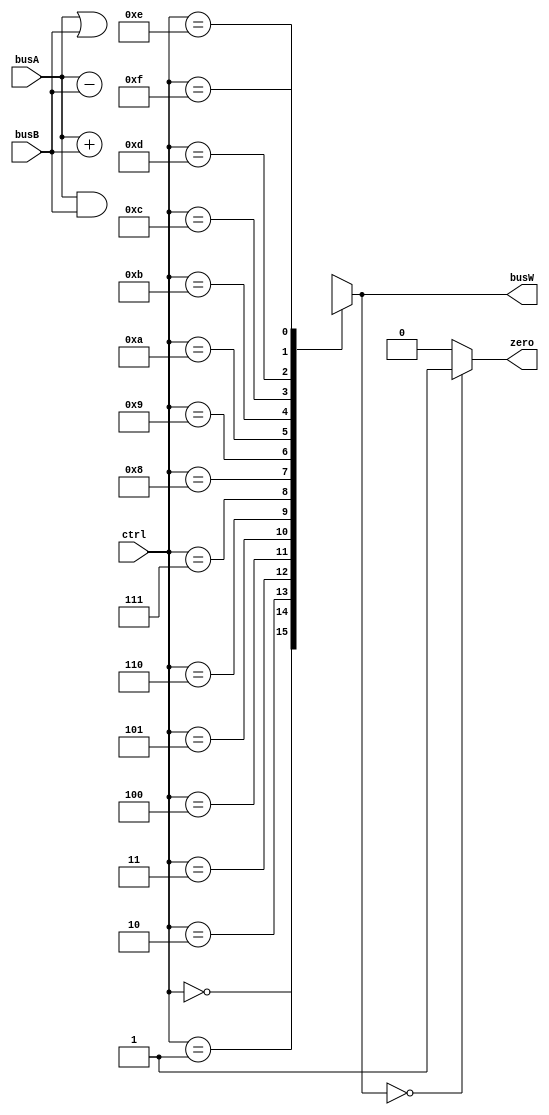
`timescale 1ns / 1ps

`define ALUOP_AND    4'b0000
`define ALUOP_ORR    4'b0001
`define ALUOP_ADD    4'b0010
`define ALUOP_SUB    4'b0110//fix value to 0110
`define ALUOP_PASSB  4'b0111//fix value to 0111

module alu(
    //output reg [63:0] busW,
    output     [63:0] busW,
    output            zero,
    input      [63:0] busA,
    input      [63:0] busB,
    input      [3:0]  ctrl
);

wire [63:0] subresults [15:0];

assign busW = subresults[ctrl];

// Assign subresults
assign subresults[`ALUOP_AND   ] = busA & busB;
assign subresults[`ALUOP_ORR   ] = busA | busB;
assign subresults[`ALUOP_ADD   ] = busA + busB;
assign subresults[`ALUOP_SUB   ] = busA - busB;
assign subresults[`ALUOP_PASSB ] = busB;

assign zero = (busW==64'b0)?1:0; //busW determines the value of "zero"

endmodule